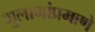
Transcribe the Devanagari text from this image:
गुलामांप्रमाणे